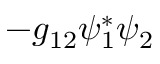
- g _ { 1 2 } \psi _ { 1 } ^ { * } \psi _ { 2 }